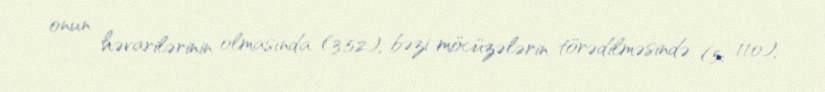
onun həvarilərinin olmasında (3:52), bəzi möcüzələrin törədilməsində (5: 110),